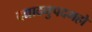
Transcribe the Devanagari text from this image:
दद्यादनुपदमहो